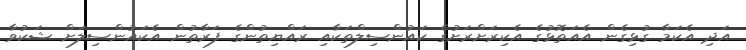
އަދި އެކަމާ ގުޅިގެން އެއަތޮޅުގެ އެކިރަށްރަށުގެ ކައުންސިލްތަކާއި ރައްޔިތުންގެ ފަރާތުން އެކައުންސިލަށް ޝަކުވާ